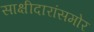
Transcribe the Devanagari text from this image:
साक्षीदारांसमोर